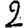
Digit: 2